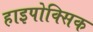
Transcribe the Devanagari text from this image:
हाइपोक्सिक